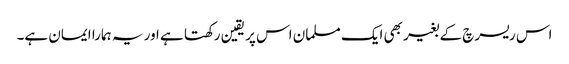
اس ریسرچ کے بغیر بھی ایک مسلمان ‌اس پر یقین رکھتا ہے اور یہ ہمارا ایمان ہے۔